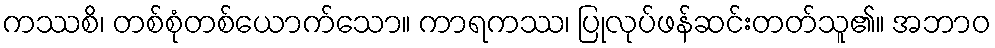
ကဿစိ၊ တစ်စုံတစ်ယောက်သော။ ကာရကဿ၊ ပြုလုပ်ဖန်ဆင်းတတ်သူ၏။ အဘာဝ